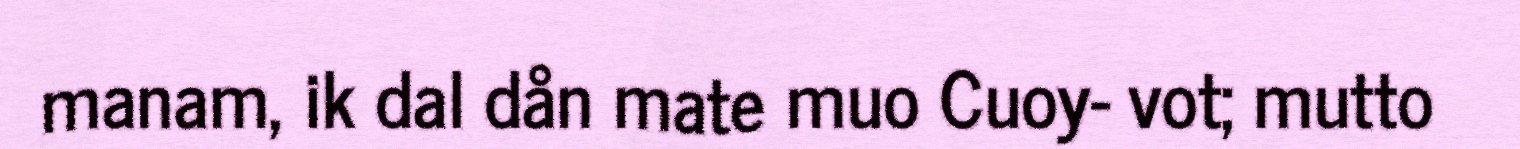
manam, ik dal dån mate muo Cuoy- vot; mutto